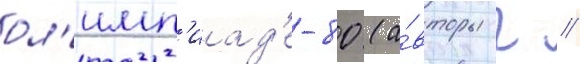
ол'имп'иад'е-80 (а́вторы г //